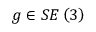
g \in S E \left( 3 \right)